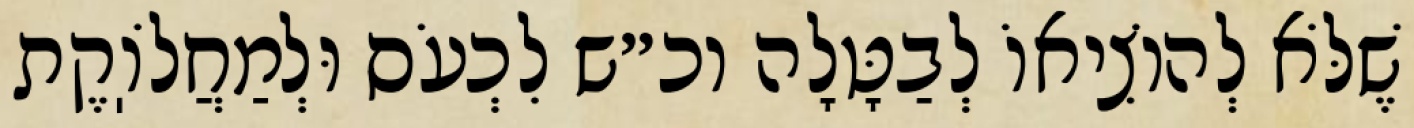
שֶׁלֹּא לְהוֹצִיאוֹ לְבַטָּלָה וכ״ש לִכְעֹס וּלְמַחֲלֹוֽקֶת